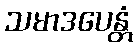
သမာဒပေန္တံ